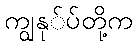
ကျွနု်ပ်တို့က